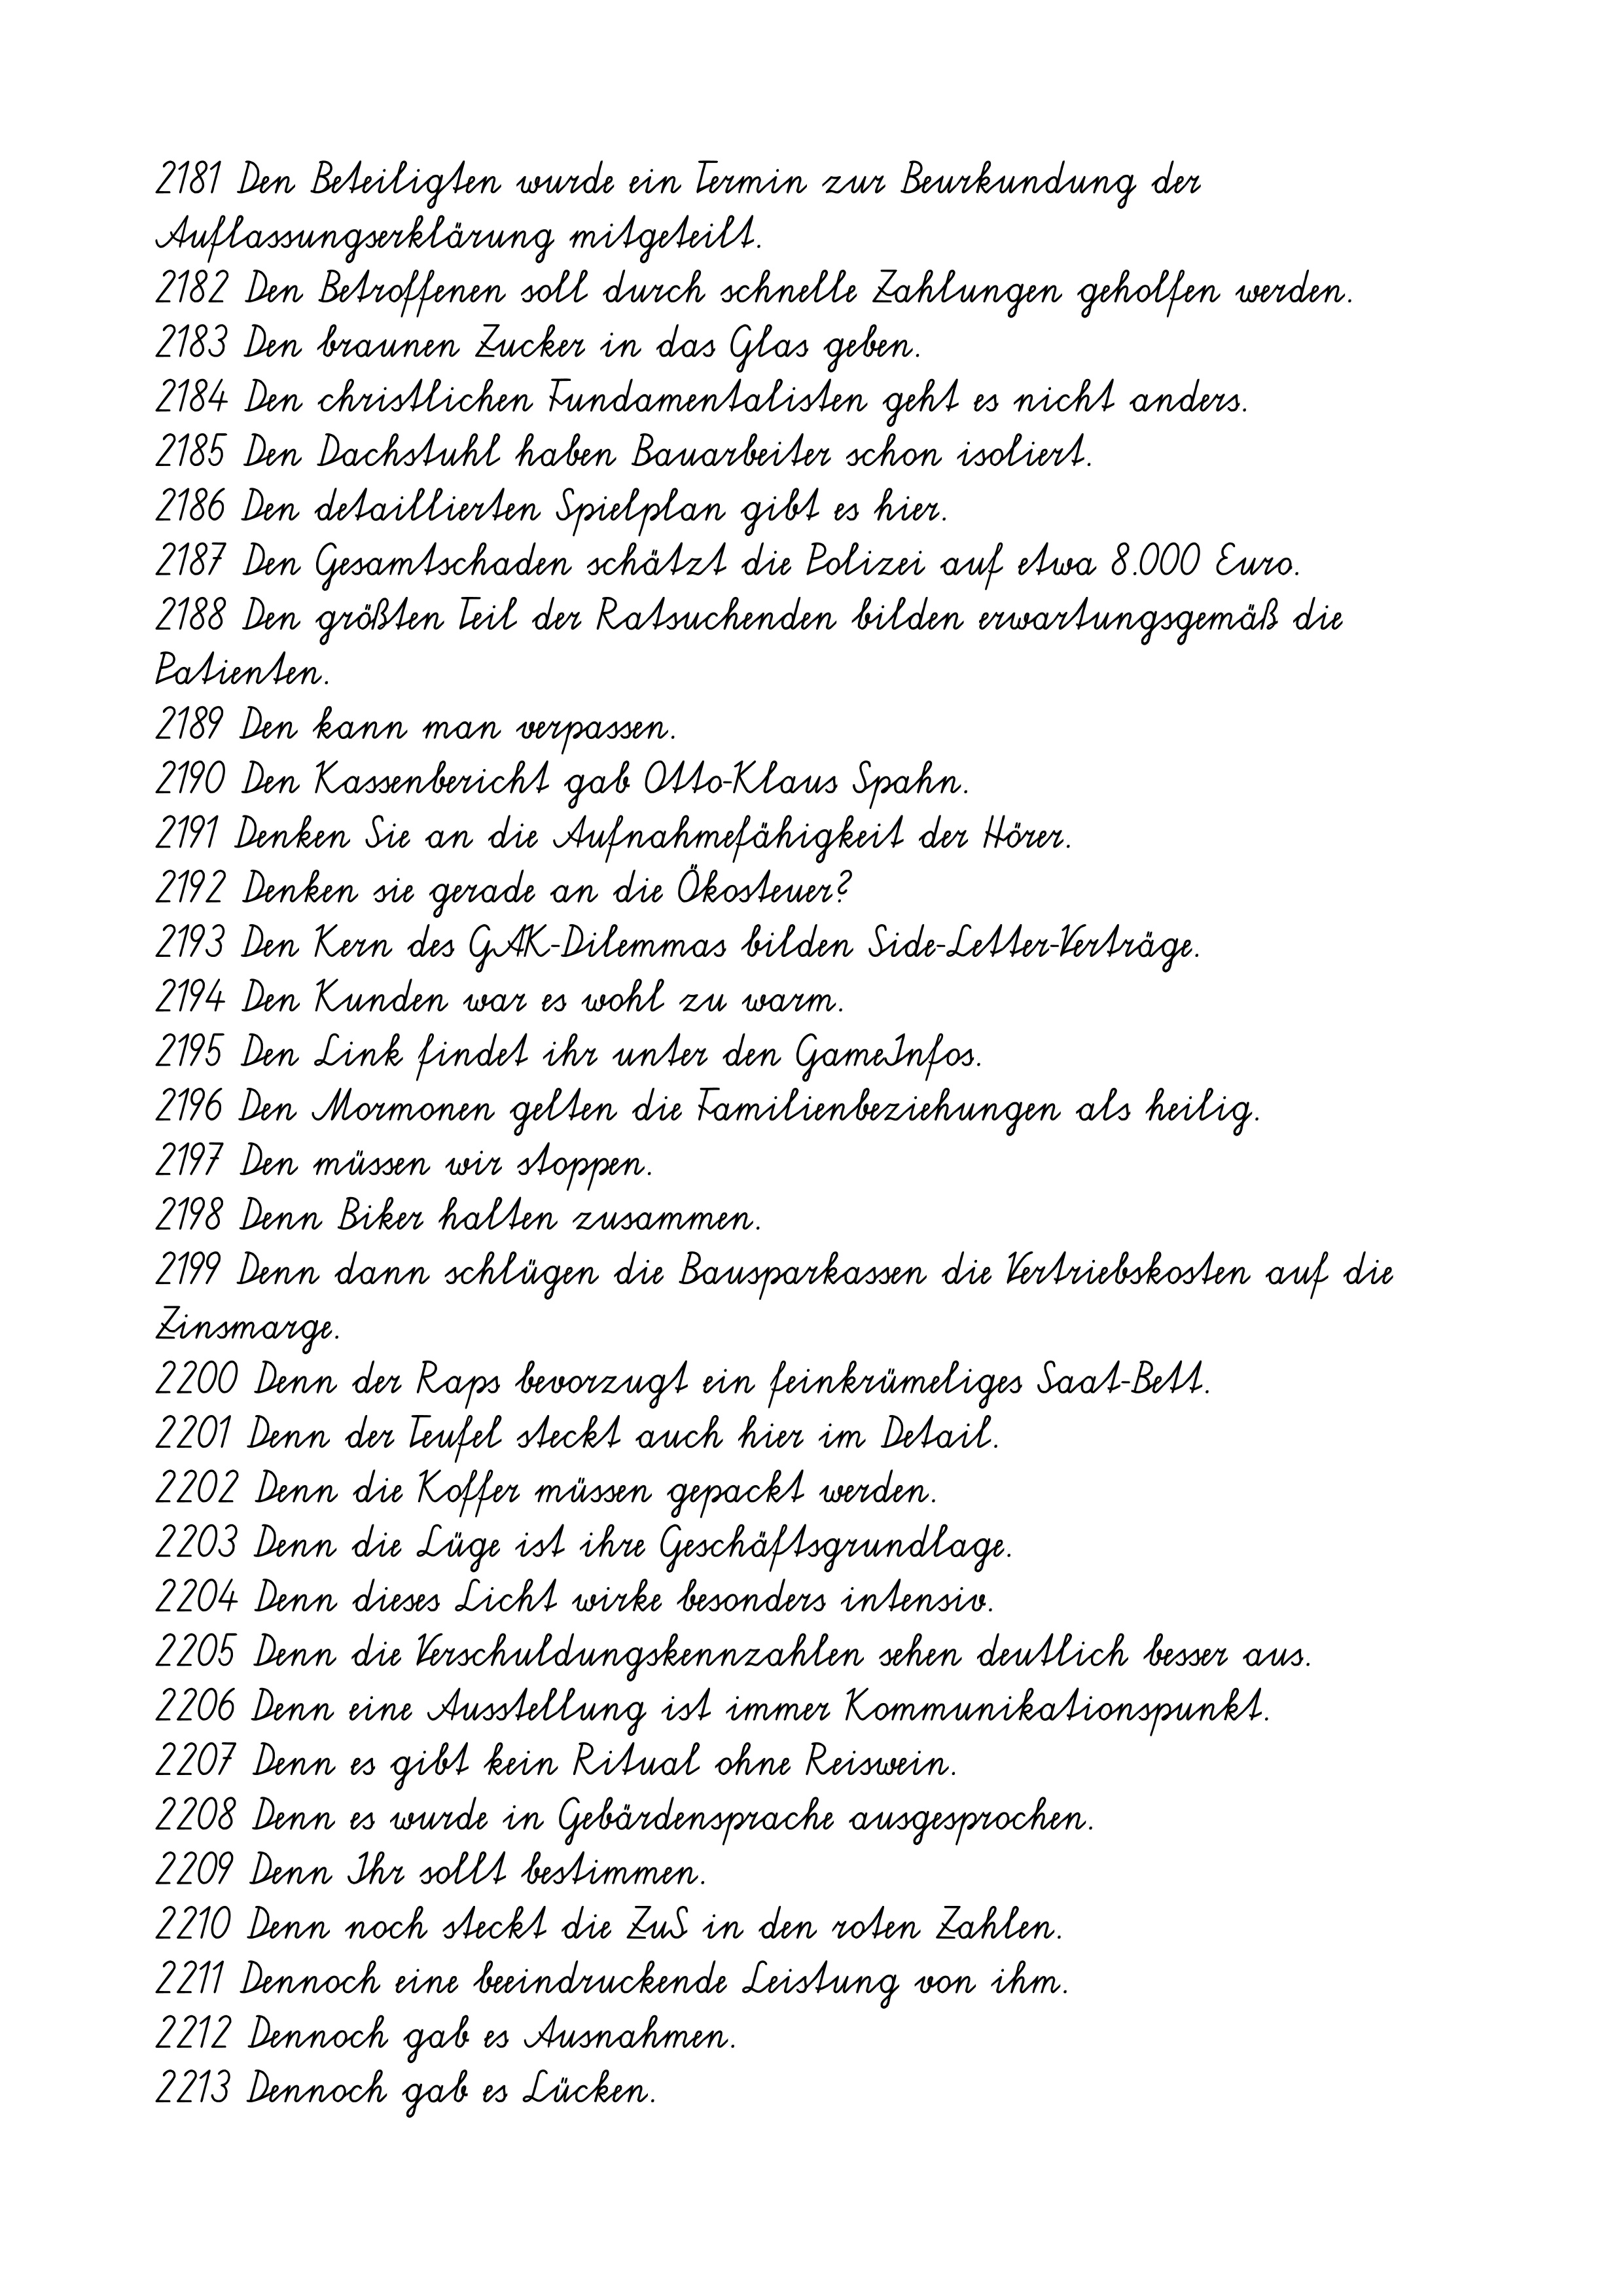
2181 Den Beteiligten wurde ein Termin zur Beurkundung der
Auflassungserklärung mitgeteilt.
2182 Den Betroffenen soll durch schnelle Zahlungen geholfen werden.
2183 Den braunen Zucker in das Glas geben.
2184 Den christlichen Fundamentalisten geht es nicht anders.
2185 Den Dachstuhl haben Bauarbeiter schon isoliert.
2186 Den detaillierten Spielplan gibt es hier.
2187 Den Gesamtschaden schätzt die Polizei auf etwa 8.000 Euro.
2188 Den größten Teil der Ratsuchenden bilden erwartungsgemäß die
Patienten.
2189 Den kann man verpassen.
2190 Den Kassenbericht gab Otto-Klaus Spahn.
2191 Denken Sie an die Aufnahmefähigkeit der Hörer.
2192 Denken sie gerade an die Ökosteuer?
2193 Den Kern des GAK-Dilemmas bilden Side-Letter-Verträge.
2194 Den Kunden war es wohl zu warm.
2195 Den Link findet ihr unter den GameInfos.
2196 Den Mormonen gelten die Familienbeziehungen als heilig.
2197 Den müssen wir stoppen.
2198 Denn Biker halten zusammen.
2199 Denn dann schlügen die Bausparkassen die Vertriebskosten auf die
Zinsmarge.
2200 Denn der Raps bevorzugt ein feinkrümeliges Saat-Bett.
2201 Denn der Teufel steckt auch hier im Detail.
2202 Denn die Koffer müssen gepackt werden.
2203 Denn die Lüge ist ihre Geschäftsgrundlage.
2204 Denn dieses Licht wirke besonders intensiv.
2205 Denn die Verschuldungskennzahlen sehen deutlich besser aus.
2206 Denn eine Ausstellung ist immer Kommunikationspunkt.
2207 Denn es gibt kein Ritual ohne Reiswein.
2208 Denn es wurde in Gebärdensprache ausgesprochen.
2209 Denn Ihr sollt bestimmen.
2210 Denn noch steckt die ZuS in den roten Zahlen.
2211 Dennoch eine beeindruckende Leistung von ihm.
2212 Dennoch gab es Ausnahmen.
2213 Dennoch gab es Lücken.